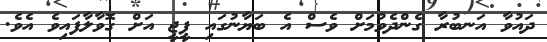
ދައުވާ އަނބުރާ ގެންދެވުމަށް ވެސް އެ ބަޔާނުގައި ޕީޖީ އަށް ގޮވާލާފައިވެ އެވެ.